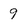
Character: 9